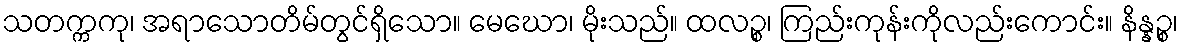
သတက္ကကု၊ အရာသောတိမ်တွင်ရှိသော။ မေဃော၊ မိုးသည်။ ထလဉ္စ၊ ကြည်းကုန်းကိုလည်းကောင်း။ နိန္နဉ္စ၊